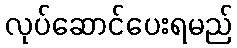
လုပ်ဆောင်ပေးရမည်